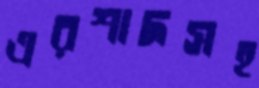
এরশাদসহ